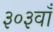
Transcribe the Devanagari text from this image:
३०३वाँ